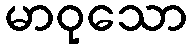
မာဝုသော